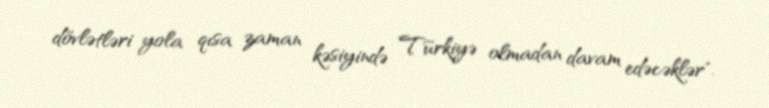
dövlətləri yola qısa zaman kəsiyində Türkiyə olmadan davam edəcəklər".